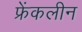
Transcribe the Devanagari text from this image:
फ्रेंकलीन